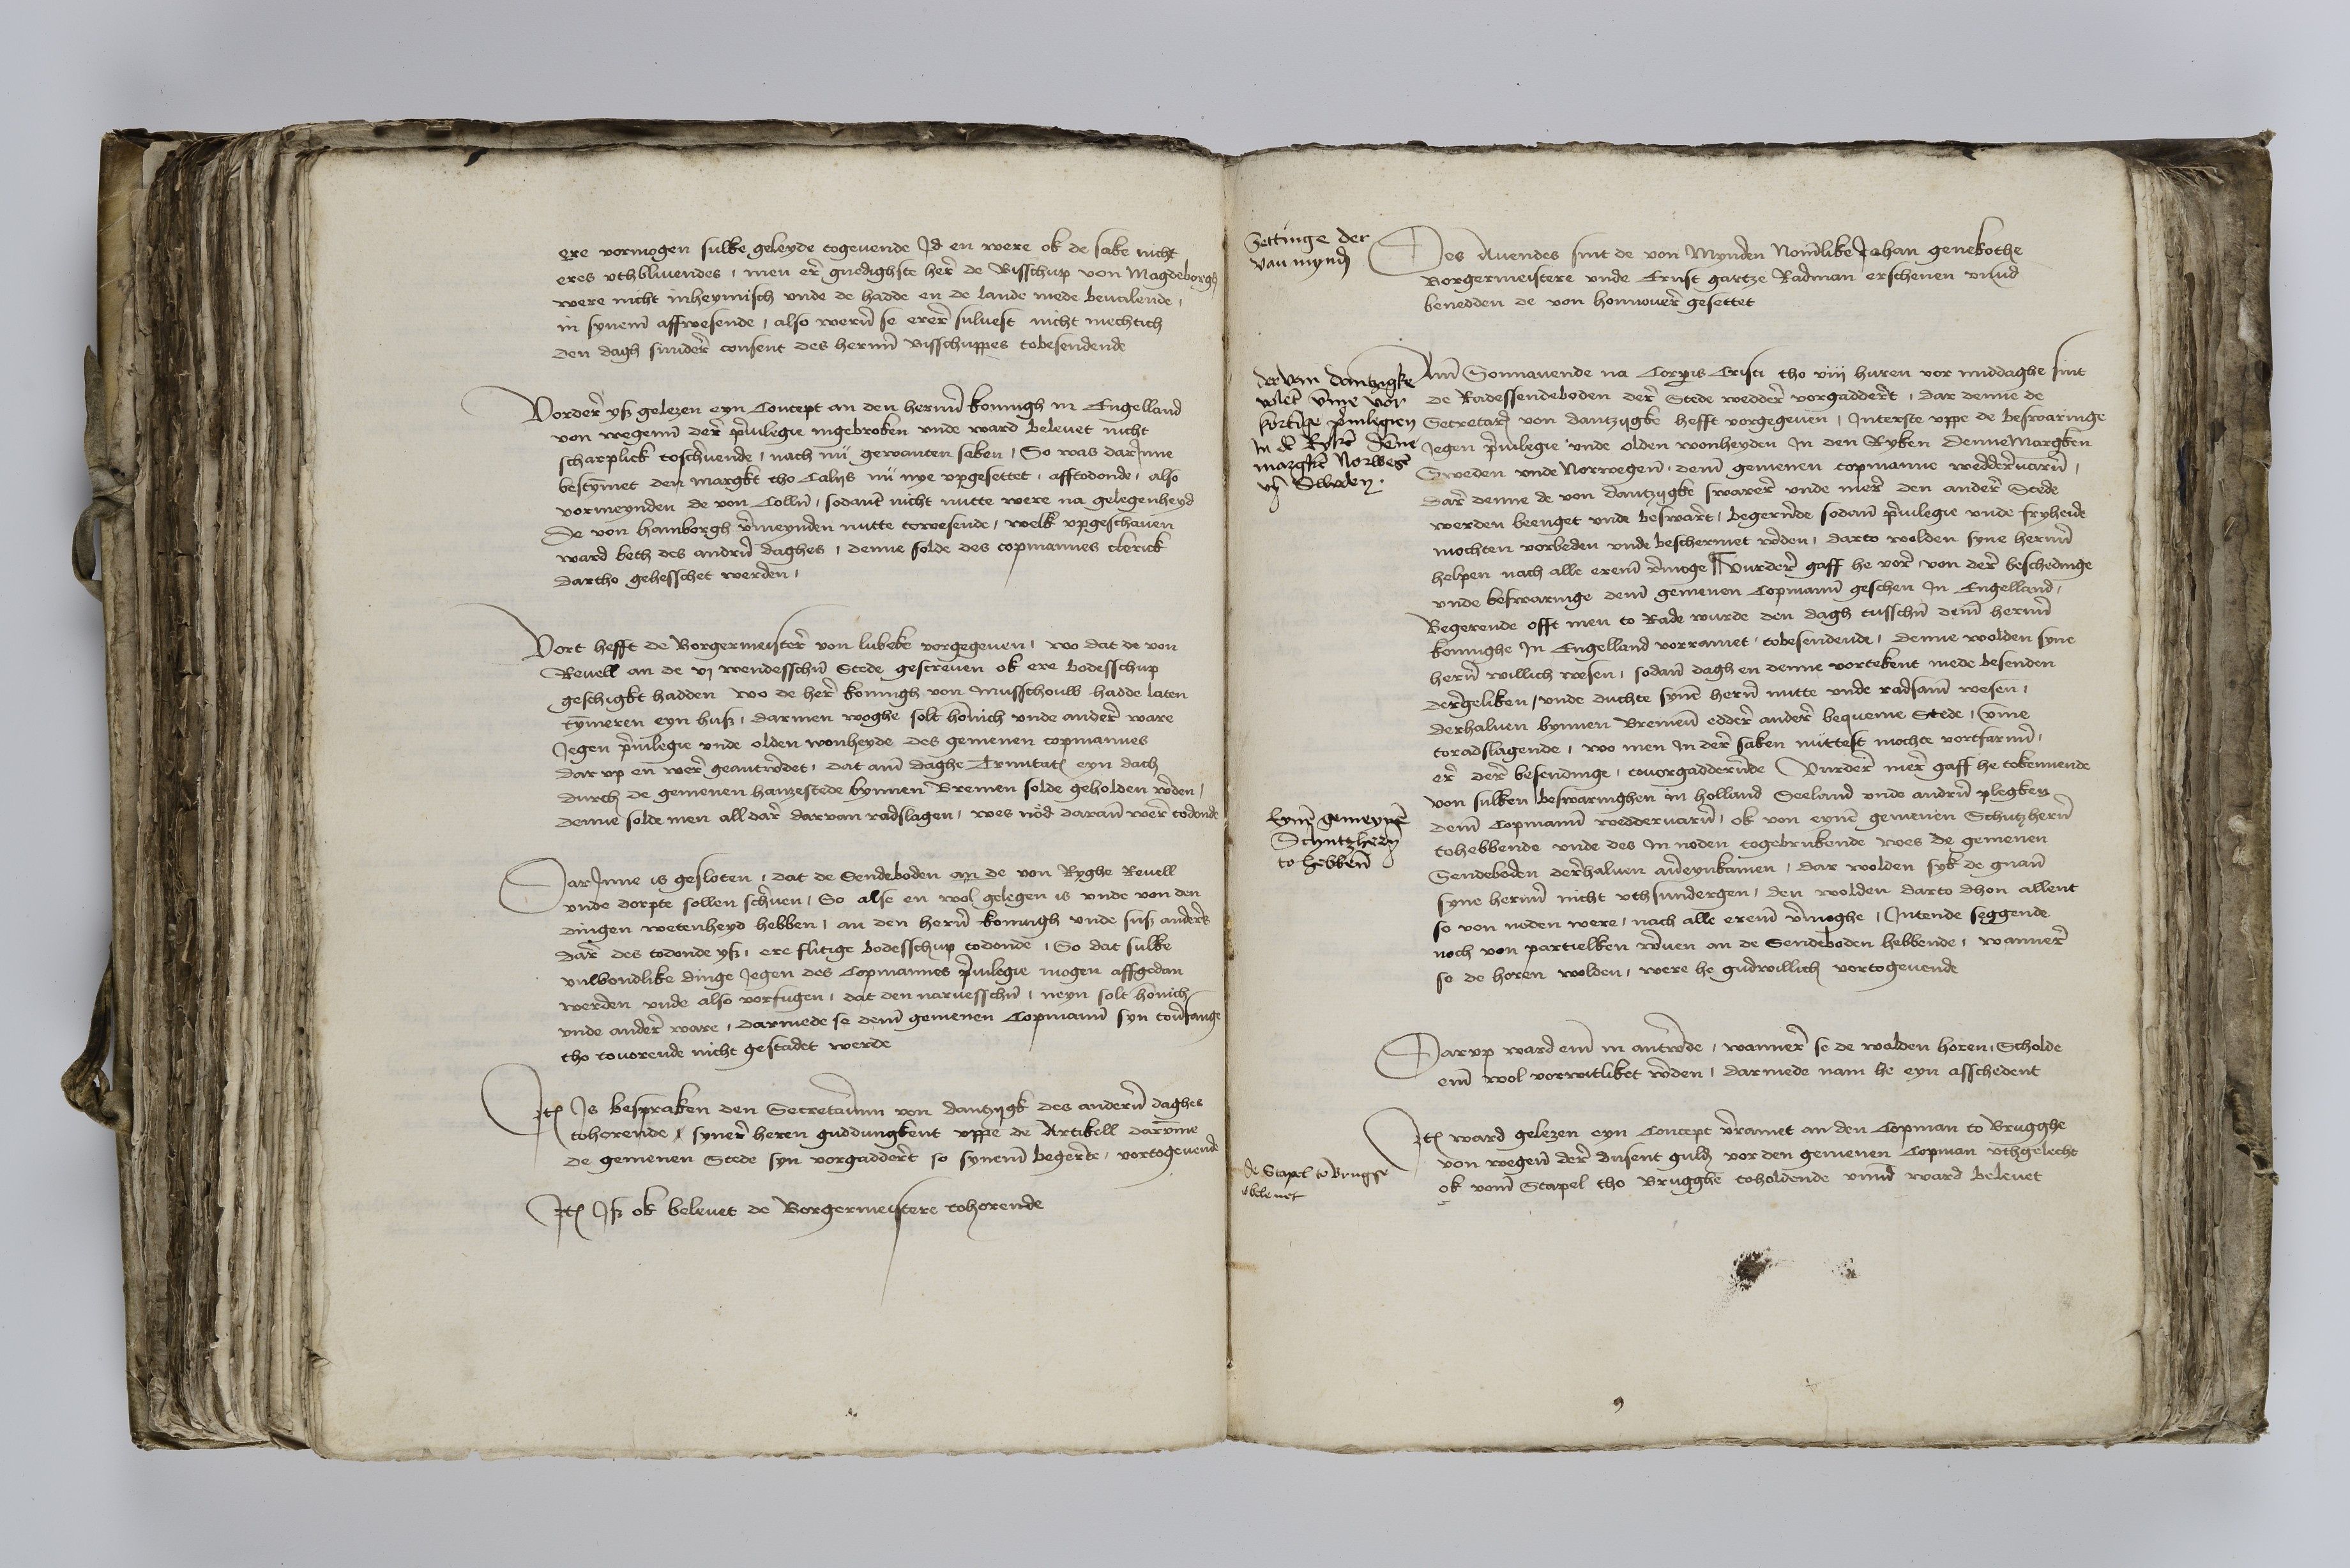
ere vormogen sulke geleyde togeuende Jd en were ok de sake nichteres vthbliuendes, men ere gnedighste here de Bisschup von Magdeborghwere nicht inheymisch vnde de hadde en de lande mede beualende,in syneme affwesende, also weren se erere suluest nicht mechtichden dagh sundere consent des herenn Bisschuppes tobesendende

Vordere yß gelezen eyn Concept an den herenn Koningh in Engellandvon wegenne dere priuilegie ingebroken vnde ward beleuet nichtscharplick toschriuende, nach nu gewanten saken, So was darJnnebestymmet den margkt tho Calys nu nye vpgesettet, afstodonde, alsovormeynden de von Collen, sodanen nicht nutte were na gelegenheydde von Hamborgh vermeynden nutte towesende, welk vpgeschauenward beth des andren daghes, denne solde des copmannes clerickdartho gehesschet werden,

Vort hefft de Borgermeistere von Lubeke vorgegeuen, wo dat de vonReuell an de vj wendesschen Stede gescreuen ok ere bodesschupgeschigkt hadden wo de here koningh von Musschouw hadde latentymmeren eyn huß, darmen woghe solt honnich vnde andere wareJegen priuilegie vnde olden wonheyde des gemenen copmannesdar vp en were geantwordet, dat ame daghe Trinitates eyn dachdurch de gemenen hanzestede bynnen Bremen solde geholden werdendenne solde men all dare dar van radslagen, wes noͤd darane were todonde

DarJnne is gesloten, dat de Sendeboden an de von Ryghe Reuellvnde dorpte sollen schriuen, So alse en wol gelegen is vnde von denDingen wetenheyd hebben, an den heren koningh vnde suß anderesdare des todonde ys, ere flitige Bodesschup todonde, So dat sulkevnwondlike dinge Jegen des Copmannes priuilegie mogen affgedanwerden vnde also vorfugen, dat den naruesschen, neyn solt honnichvnde andere ware, darmede se deme gemenen Copmanne syn touerfangetho touorende nicht gestadet werde

Jtem Js bespraken den Secretarium von Dantzygk des anderen daghestohorende, synere heren guddungkent vppe de Artikell darvmmede gemenen Stede syn vorgadderet so syneme begerete, vortogeuende

Jtem Js ok beleues de Borgermestere tohorende

Des Auendes sint de von Mynden Nomelike Johan GenekotheBorgermeistere vnde Ernst Gartze Radman erschenen vnndbenedden de von Honnouere gesettet

Settinge dervan Mynden

Ame Sonnauende na Corporis Cristi tho viij huren vor middaghe sint
de Radessendeboden dere Stede weddere vorgadderet, dar denne de
Secretarius von Dantzigke hefft vorgegeuen, Jnterste vppe de beswaringe
Jegen priuilegie vnde olden wonheyden Jn den Ryken DenneMargken
Sweden vnde Norwegene, deme gemenen copmanne weddereuaren
dare denne de von Dontzigke swarere vnde mere den andere Stede
werden beenget vnde besaret, begerende sodanen priuilegie vnde fryheide
mochten vorbeden vnde beschermet werden, darto wolden syne herenn
helpen nach alle ereme vermoge || vurdere gaff he vore von dere beschedinge
vnde beswaringe deme gemenen Copmanne geschen Jn Engelland
Begerende offt men to Rade wurde den dagh tusschen deme herenn
konnighe Jn Engellend vorramet, tobesendende, denne wolden syne
heren willich voesen, sodane dagh en denne vortekent mede besenden
deregeliken, vnde duchte synen heren nutte vnde radsame wesen,
derhaluen bynnen Bremene eddere andere bequeme Stede, vmme
toradslagende wo men Jn dere saken nuttest mochte vorgfarenn
ere dere besendinge, touorgadderende vurdere mere gaff he tokennende
von sulken beswaringhen in Holland Seeland vnde andren plegken
deme Copmanne wedderuaren, ok von eynen gemenen Schutzheren
tohebbende vnde des Jn noden togebrukende wes de gemenen
Sendeboden derehaluen auereynkamen, dar wolden syk de gnanten
syne herenn nicht vth sundergen, den wolden dar to dhon allent
so von noden were, nach alle ereme vormoghe, Jntende seggende
noch von partiellen weruen an de Sendeboden hebbende, wannere
se de horen wolden, were he gudwillich vortogeuende

der van Dantzigke
wleter vmme vor 
kortige priuilegien
Jn den Ryken Denne¬
margken Norwegen
vnd Sweden

Eynen gemeynen
Schutzheren
to hebbene

Dar vp ward eme in antworde, wannere se de wolden horen, Scholde
eme wol vorwitliket werden, dar mede nam he eyn asschedent

Jtem ward gelezen eyn Concept vorramet an den Copman to Brugghe
von wegene dere dusent gulden vor den gemenen Copman vthgelecht
ok vome Stapel tho Brugghe toholdende vnnde ward beleuet

de Stapel to Brugge
is beleuet